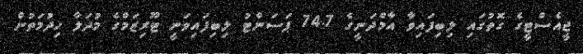
ޖީއެސްޓީގެ ގޮތުގައި ލިބިފައިވާ އާމްދަނީގެ 74.7 ޕަސަންޓު ލިބިފައިވަނީ ޓޫރިޒަމްގެ މުދަލާ ހިދުމަތުން